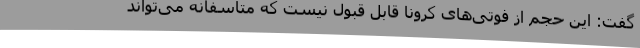
گفت: این حجم از فوتی‌های کرونا قابل قبول نیست که متاسفانه می‌تواند